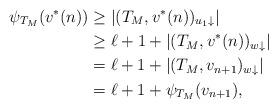
LaTeX: \begin{align*}\psi_{T_M}(v^*(n)) &\geq |(T_M, v^*(n))_{u_1 \downarrow} |\\&\geq \ell + 1 + |(T_M, v^*(n))_{w\downarrow}| \\&= \ell + 1 + |(T_M, v_{n+1})_{w\downarrow}| \\&= \ell + 1 + \psi_{T_M}(v_{n+1}),\end{align*}